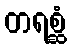
တရစ္ဆံ